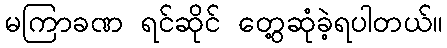
မကြာခဏ ရင်ဆိုင် တွေ့ဆုံခဲ့ရပါတယ်။